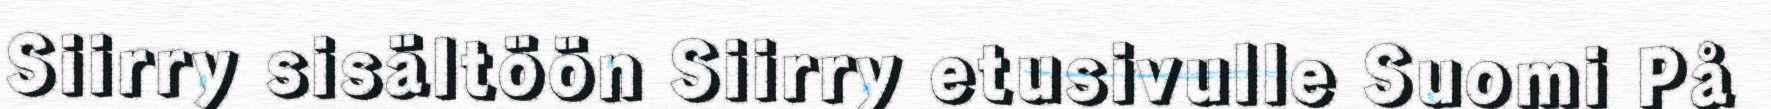
Siirry sisältöön Siirry etusivulle Suomi På